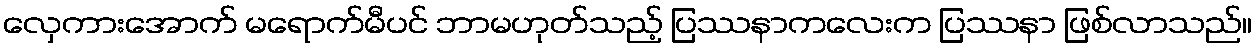
လှေကားအောက် မရောက်မီပင် ဘာမဟုတ်သည့် ပြဿနာကလေးက ပြဿနာ ဖြစ်လာသည်။